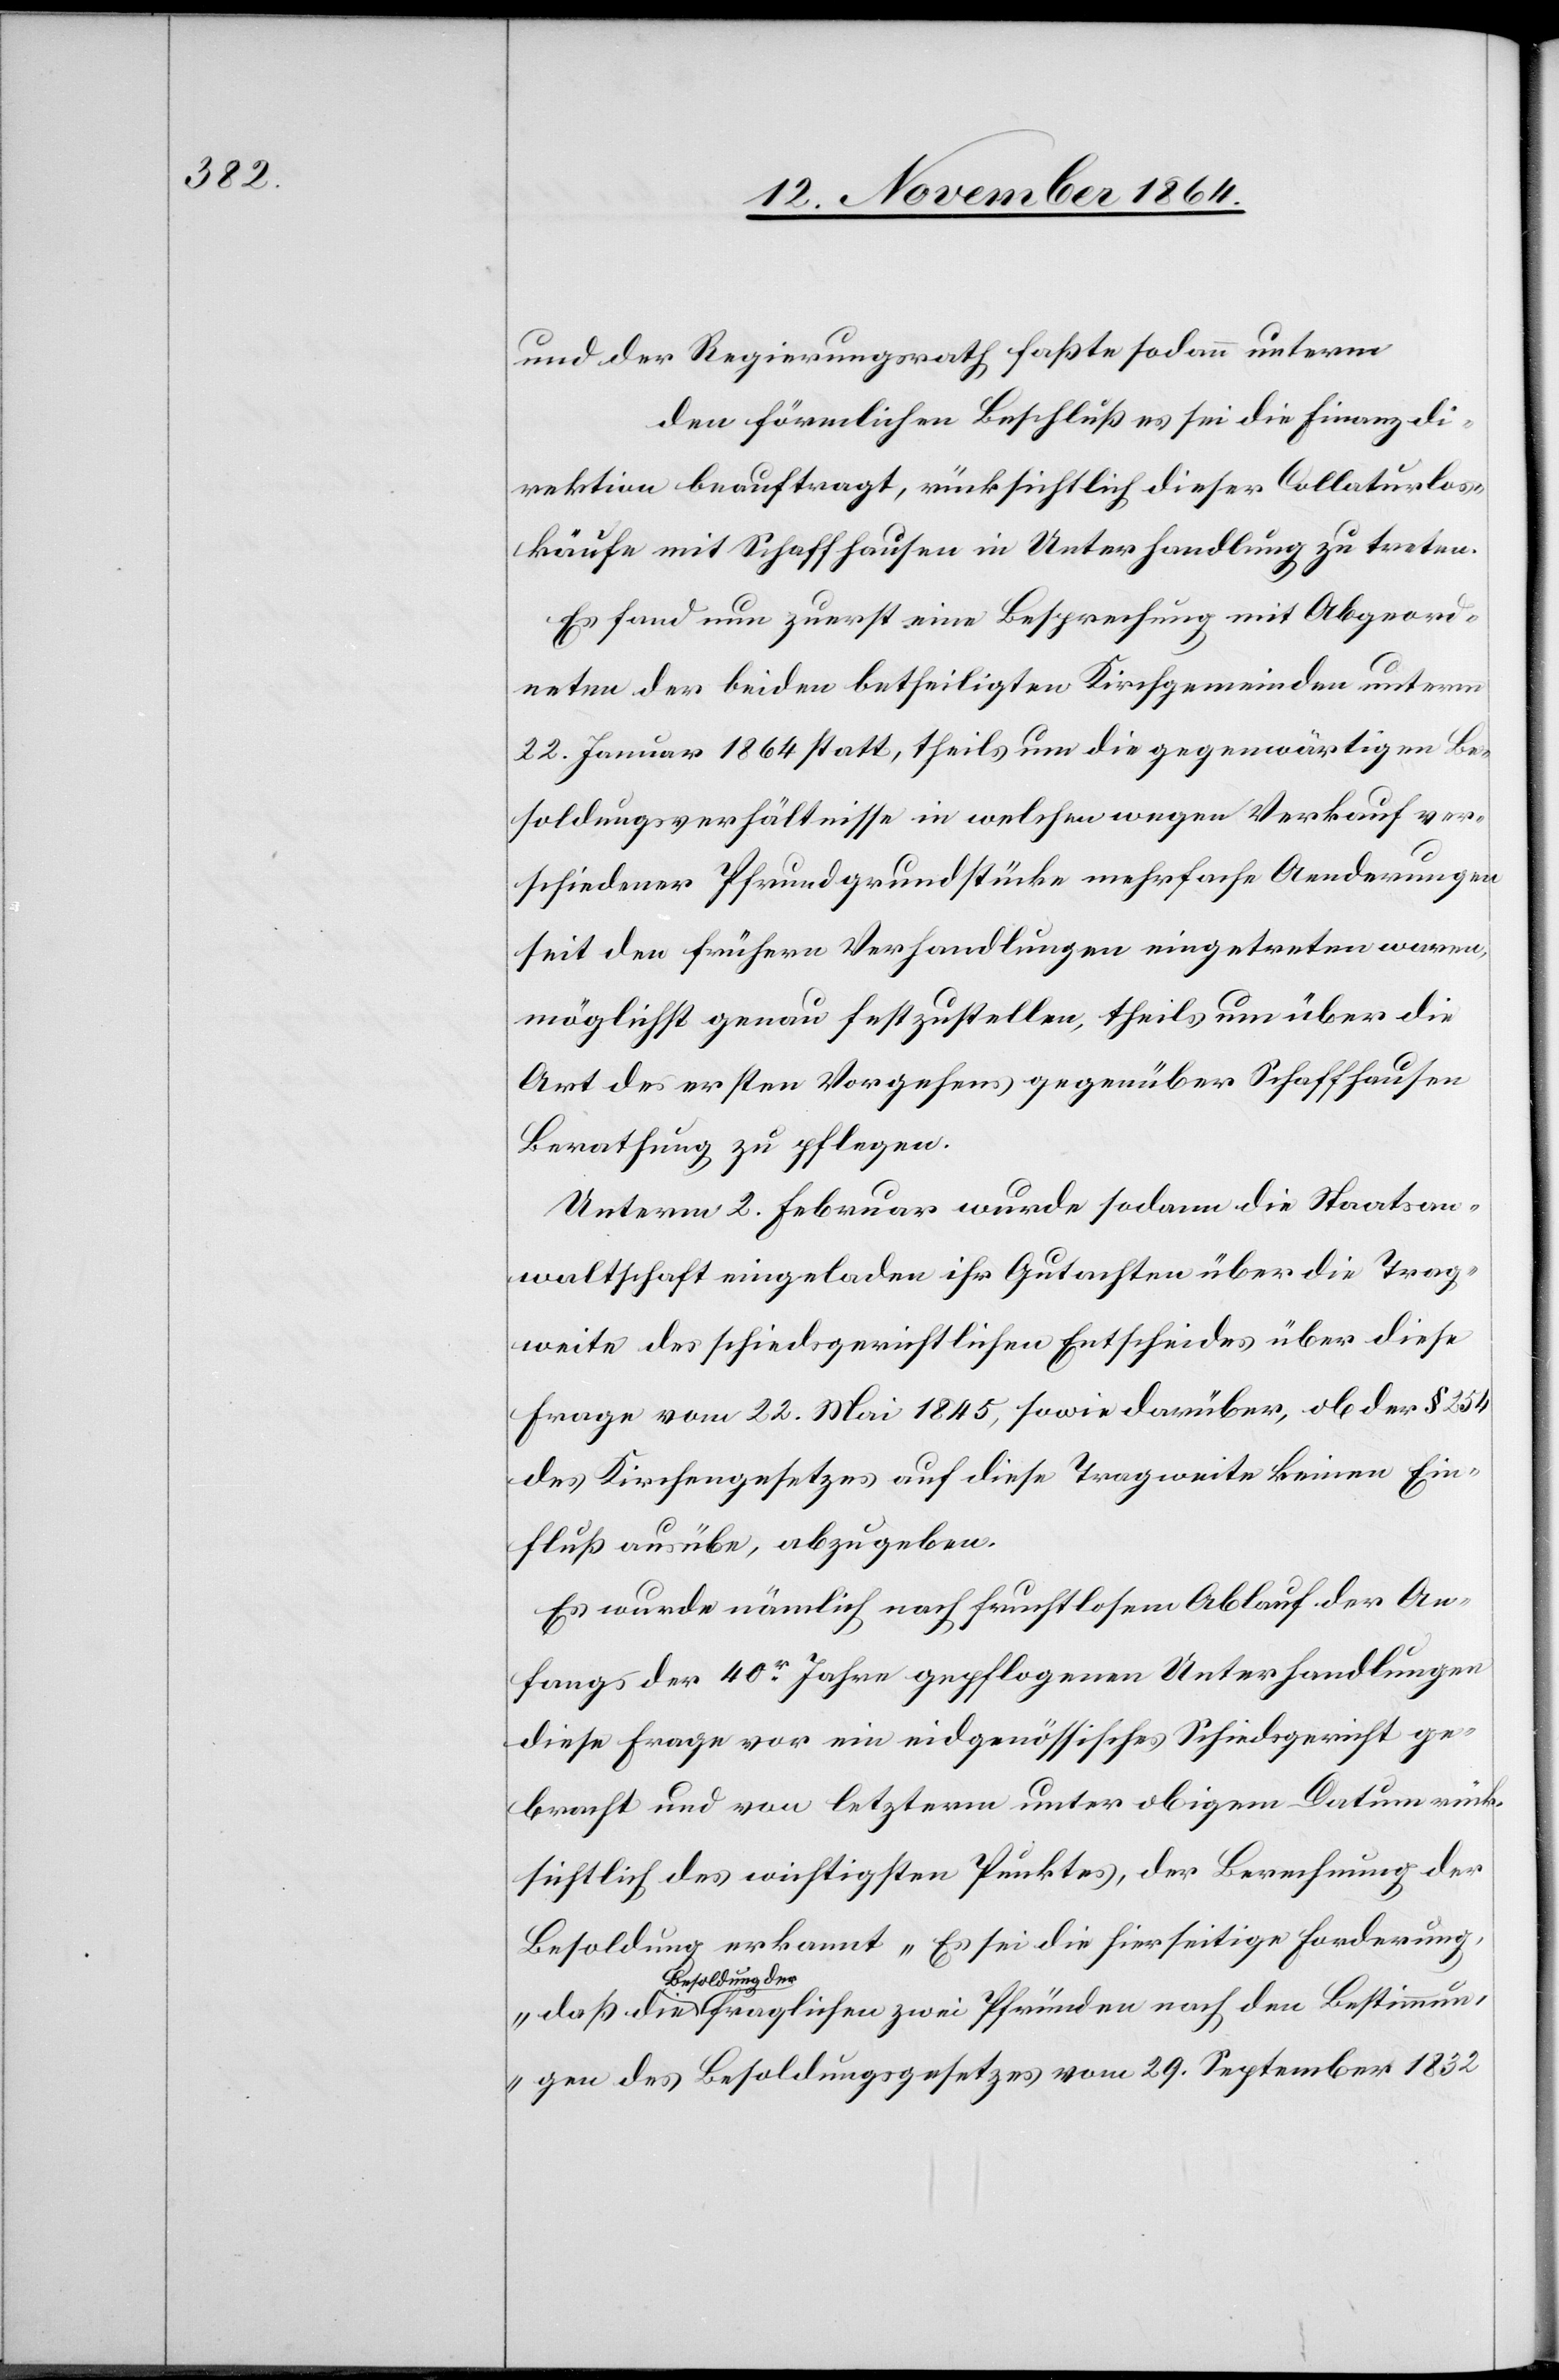
Bestimm¬

und der Regierungsrath faßte sodann unterm …
den förmlichen Beschluß es sei die Finanzdi¬
rektion beauftragt, rücksichtlich dieser Collaturlos¬
käufe mit Schaffhausen in Unterhandlung zu treten.
Es fand nun zuerst eine Besprechung mit Abgeord¬
neten der beiden betheiligten Kirchgemeinden unterm
22. Januar 1864 statt, theils um die gegenwärtigen Be¬
soldungsverhältnisse in welchen wegen Verkauf ver¬
schiedener Pfundgrundstücke mehrfache Aenderungen
seit den frühern Verhandlungen eingetreten waren,
möglichst genau festzustellen, theils um über die
Art des ersten Vorgehens gegenüber Schaffhausen
Berathung zu pflegen.
Unterm 2. Februar wurde sodann die Staatsan¬
waltschaft eingeladen ihr Gutachten über die Trag¬
weite des schiedsgerichtlichen Entscheides über diese
Frage vom 22. Mai 1845, sowie darüber, ob der § 254
des Kirchengesetzes auf diese Tragweite keinen Ein¬
fluß ausübe, abzugeben.
Es wurde nämlich nach fruchtlosem Ablauf der An¬
fangs der 40er Jahre gepflogenen Unterhandlungen
diese Frage vor ein eidgenössisches Schiedsgericht ge¬
bracht und von letzterm unter obigem Datum rück¬
sichtlich des wichtigsten Punktes, der Berechnung der
Besoldung erkannt „Es sei die hierseitige Forderung,
a-Besoldung der-a
ungen des Besoldungsgesetzes vom 29. September 1832